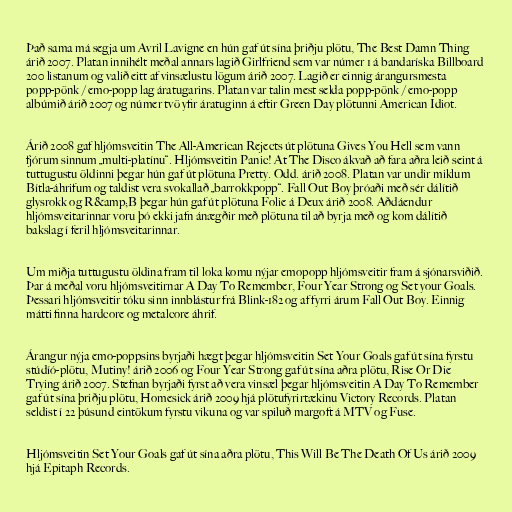
Það sama má segja um Avril Lavigne en hún gaf út sína þriðju plötu, The Best Damn Thing
árið 2007. Platan innihélt meðal annars lagið Girlfriend sem var númer 1 á bandaríska Billboard
200 listanum og valið eitt af vinsælustu lögum árið 2007. Lagið er einnig árangursmesta
popp-pönk / emo-popp lag áratugarins. Platan var talin mest selda popp-pönk / emo-popp
albúmið árið 2007 og númer tvö yfir áratuginn á eftir Green Day plötunni American Idiot.

Árið 2008 gaf hljómsveitin The All-American Rejects út plötuna Gives You Hell sem vann
fjórum sinnum „multi-platínu“. Hljómsveitin Panic! At The Disco ákvað að fara aðra leið seint á
tuttugustu öldinni þegar hún gaf út plötuna Pretty. Odd. árið 2008. Platan var undir miklum
Bítla-áhrifum og taldist vera svokallað „barrokkpopp“. Fall Out Boy þróaði með sér dálítið
glysrokk og R&amp;B þegar hún gaf út plötuna Folie á Deux árið 2008. Aðdáendur
hljómsveitarinnar voru þó ekki jafn ánægðir með plötuna til að byrja með og kom dálítið
bakslag í feril hljómsveitarinnar.

Um miðja tuttugustu öldina fram til loka komu nýjar emopopp hljómsveitir fram á sjónarsviðið.
Þar á meðal voru hljómsveitirnar A Day To Remember, Four Year Strong og Set your Goals.
Þessari hljómsveitir tóku sinn innblástur frá Blink-182 og af fyrri árum Fall Out Boy. Einnig
mátti finna hardcore og metalcore áhrif.

Árangur nýja emo-poppsins byrjaði hægt þegar hljómsveitin Set Your Goals gaf út sína fyrstu
stúdíó-plötu, Mutiny! árið 2006 og Four Year Strong gaf út sína aðra plötu, Rise Or Die
Trying árið 2007. Stefnan byrjaði fyrst að vera vinsæl þegar hljómsveitin A Day To Remember
gaf út sína þriðju plötu, Homesick árið 2009 hjá plötufyrirtækinu Victory Records. Platan
seldist í 22 þúsund eintökum fyrstu vikuna og var spiluð margoft á MTV og Fuse.

Hljómsveitin Set Your Goals gaf út sína aðra plötu, This Will Be The Death Of Us árið 2009
hjá Epitaph Records.